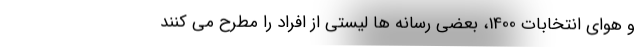
و هوای انتخابات 1400، بعضی رسانه ها لیستی از افراد را مطرح می کنند